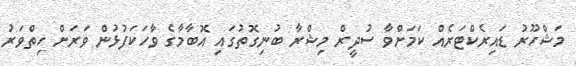
މަޝްހޫރު ޑައިރެކްޓަރެއް ކަމަށްވާ ސުދީރް މިޝްރާ ބުނިގޮތުގައި އޮބާމާގެ ވާހަކަފުޅުން ވަރަށް ހިތްވަރު